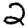
Digit: 2